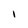
Character: i